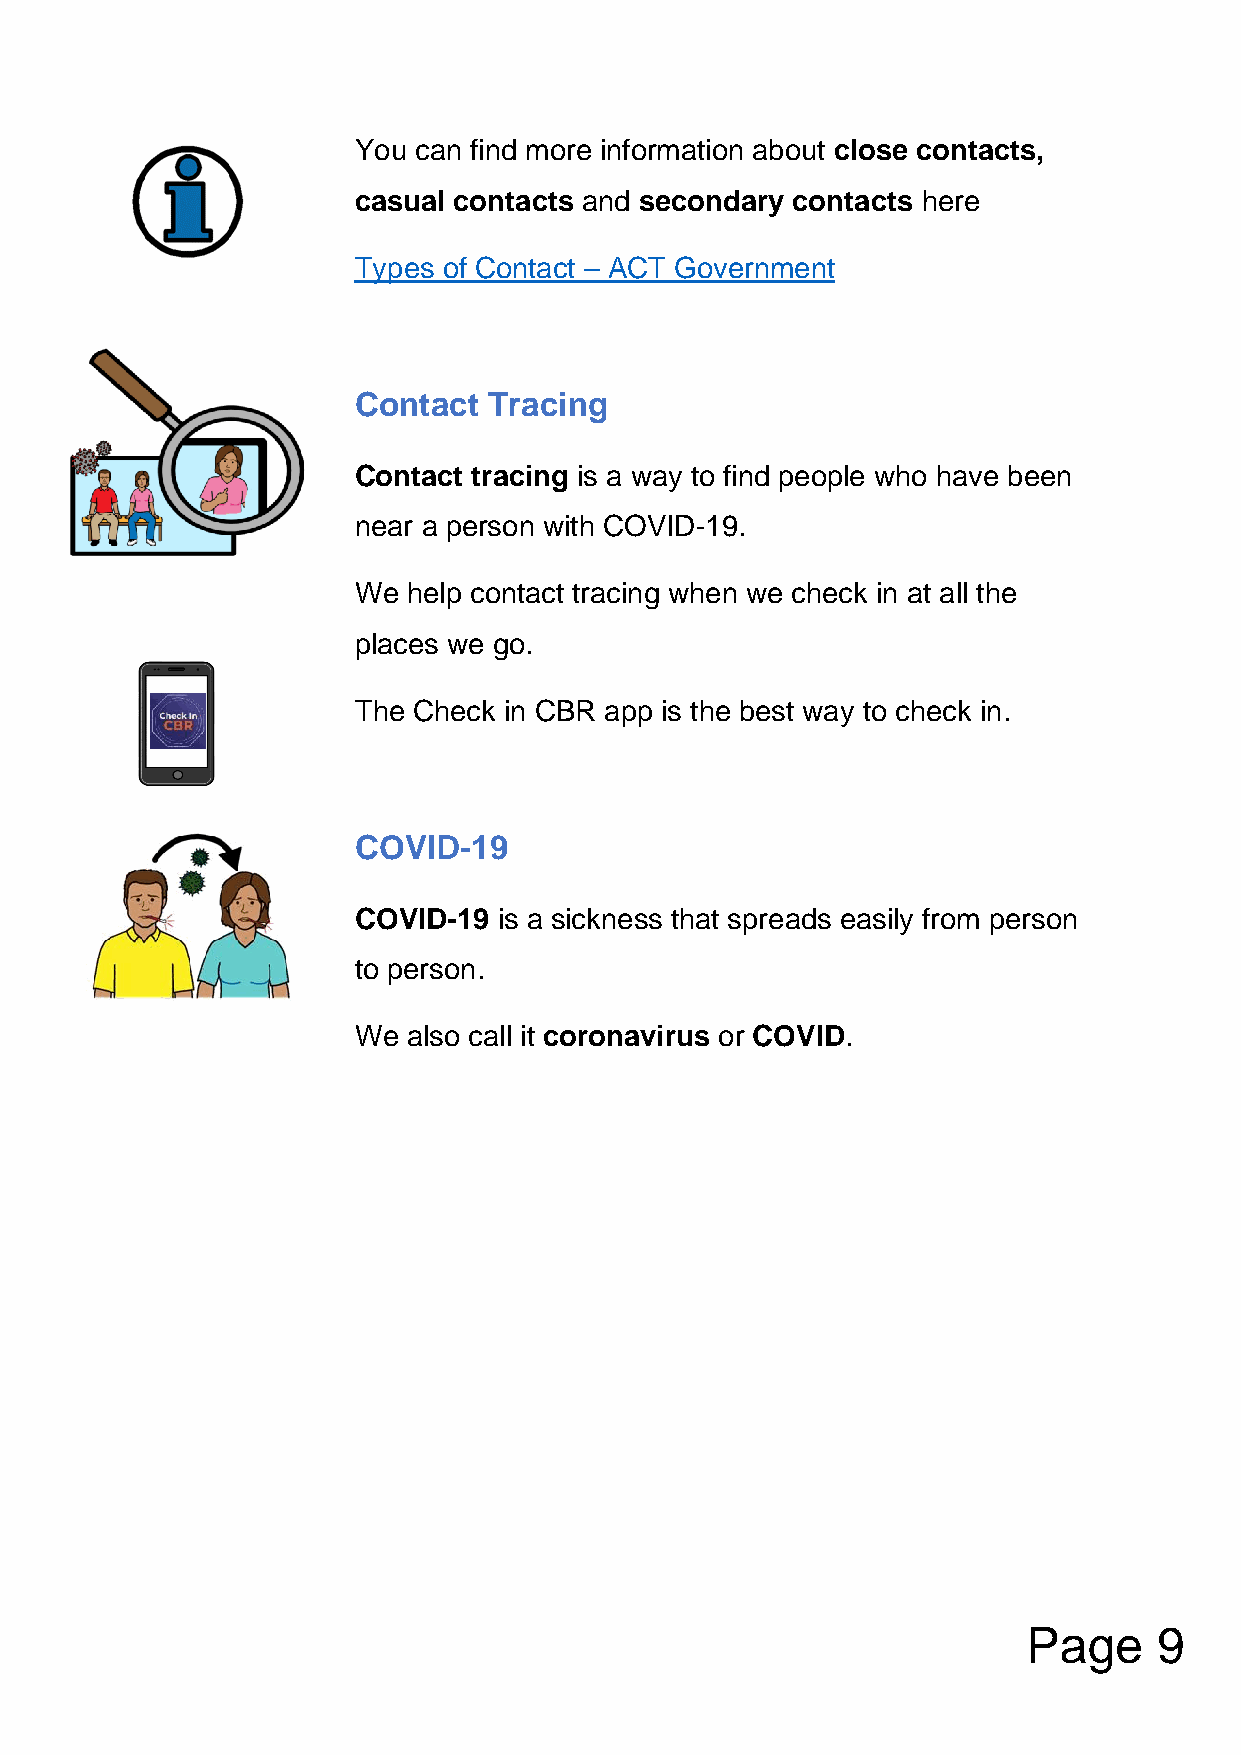
You can find more information about close contacts,
 casual contacts and secondary contacts here
 Types of Contact – ACT Government
 Contact  Tracing
 Contact tracing is a way to find people who have been
 near a person with COVID-19.
 We  help contact tracing when we check in at all the
 places we go.
 The Check in CBR app is the best way to check in.
 COVID-19
 COVID-19  is a sickness that spreads easily from person
 to person.
 We  also call it coronavirus or COVID.
 Page     9